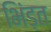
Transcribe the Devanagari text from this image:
भिंड़त